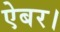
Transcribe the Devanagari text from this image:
ऐबर।